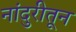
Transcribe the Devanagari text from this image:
नांदुरीतून